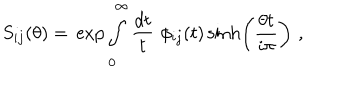
LaTeX: S _ { i j } ( \theta ) = \, \exp \int _ { 0 } ^ { \infty } \frac { d t } { t } \, \, \phi _ { i j } ( t ) \sinh \left( \frac { \theta t } { i \pi } \right) \, \, ,